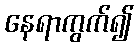
နေရာကွက်၍